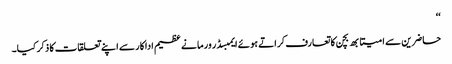
‘‘
حاضرین سے امیتابھ بچن کا تعارف کراتے ہوئے ایمبسڈر ورما نے عظیم اداکار سے اپنے تعلقات کا ذکر کیا۔